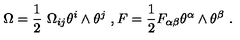
\Omega = \frac { 1 } { 2 } \ \Omega _ { i j } \theta ^ { i } \wedge \theta ^ { j } \ , F = \frac { 1 } { 2 } F _ { \alpha \beta } \theta ^ { \alpha } \wedge \theta ^ { \beta } \ .